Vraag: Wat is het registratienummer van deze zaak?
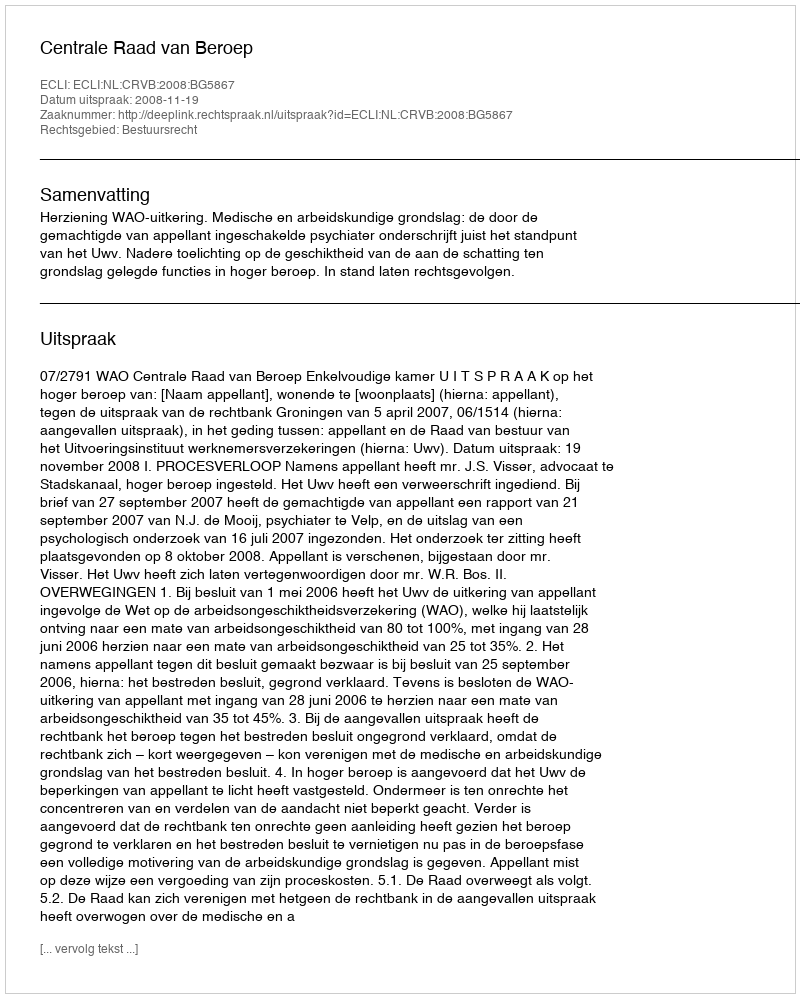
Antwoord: http://deeplink.rechtspraak.nl/uitspraak?id=ECLI:NL:CRVB:2008:BG5867